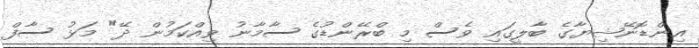
އިންޑޮނޭޝިޔާގެ ބާލީގައި ވެސް މި ބްރޭންޑުގެ ސާމާނު ވިއްކަމުން ދޭ" މަޅު ސާފް